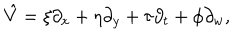
LaTeX: \hat { V } = \xi \partial _ { x } + \eta \partial _ { y } + \tau \partial _ { t } + \phi \partial _ { w } ,